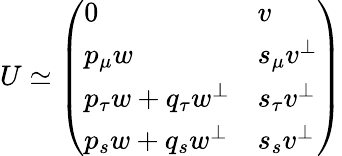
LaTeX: U\simeq\left(\begin{array}{ll}{{0}}&{{v}}\\ {{p_{\mu}w}}&{{s_{\mu}v^{\bot}}}\\ {{p_{\tau}w+q_{\tau}w^{\bot}}}&{{s_{\tau}v^{\bot}}}\\ {{p_{s}w+q_{s}w^{\bot}}}&{{s_{s}v^{\bot}}}\end{array}\right)